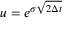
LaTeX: u = e ^ { \sigma { \sqrt { 2 \Delta t } } }